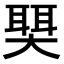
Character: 𫯺